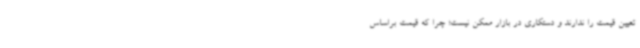
تعیین قیمت را ندارند و دستکاری در بازار ممکن نیست؛ چرا که قیمت براساس